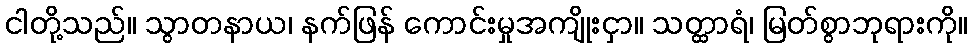
ငါတို့သည်။ သွာတနာယ၊ နက်ဖြန် ကောင်းမှုအကျိုးငှာ။ သတ္ထာရံ၊ မြတ်စွာဘုရားကို။